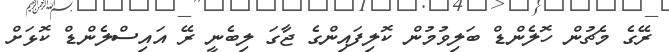
ރޭގެ މެޗުން ހޮލެންޑް ބަލިވުމުން ކޮލިފައިންގެ ޖާގަ ލިބެނީ ރޭ އައިސްލެންޑް ކޮޅަށް